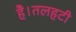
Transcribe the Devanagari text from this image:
है।तलहटी